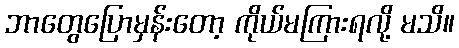
ဘာတွေပြောမှန်းတော့ ကိုယ်မကြားရလို့ မသိ။